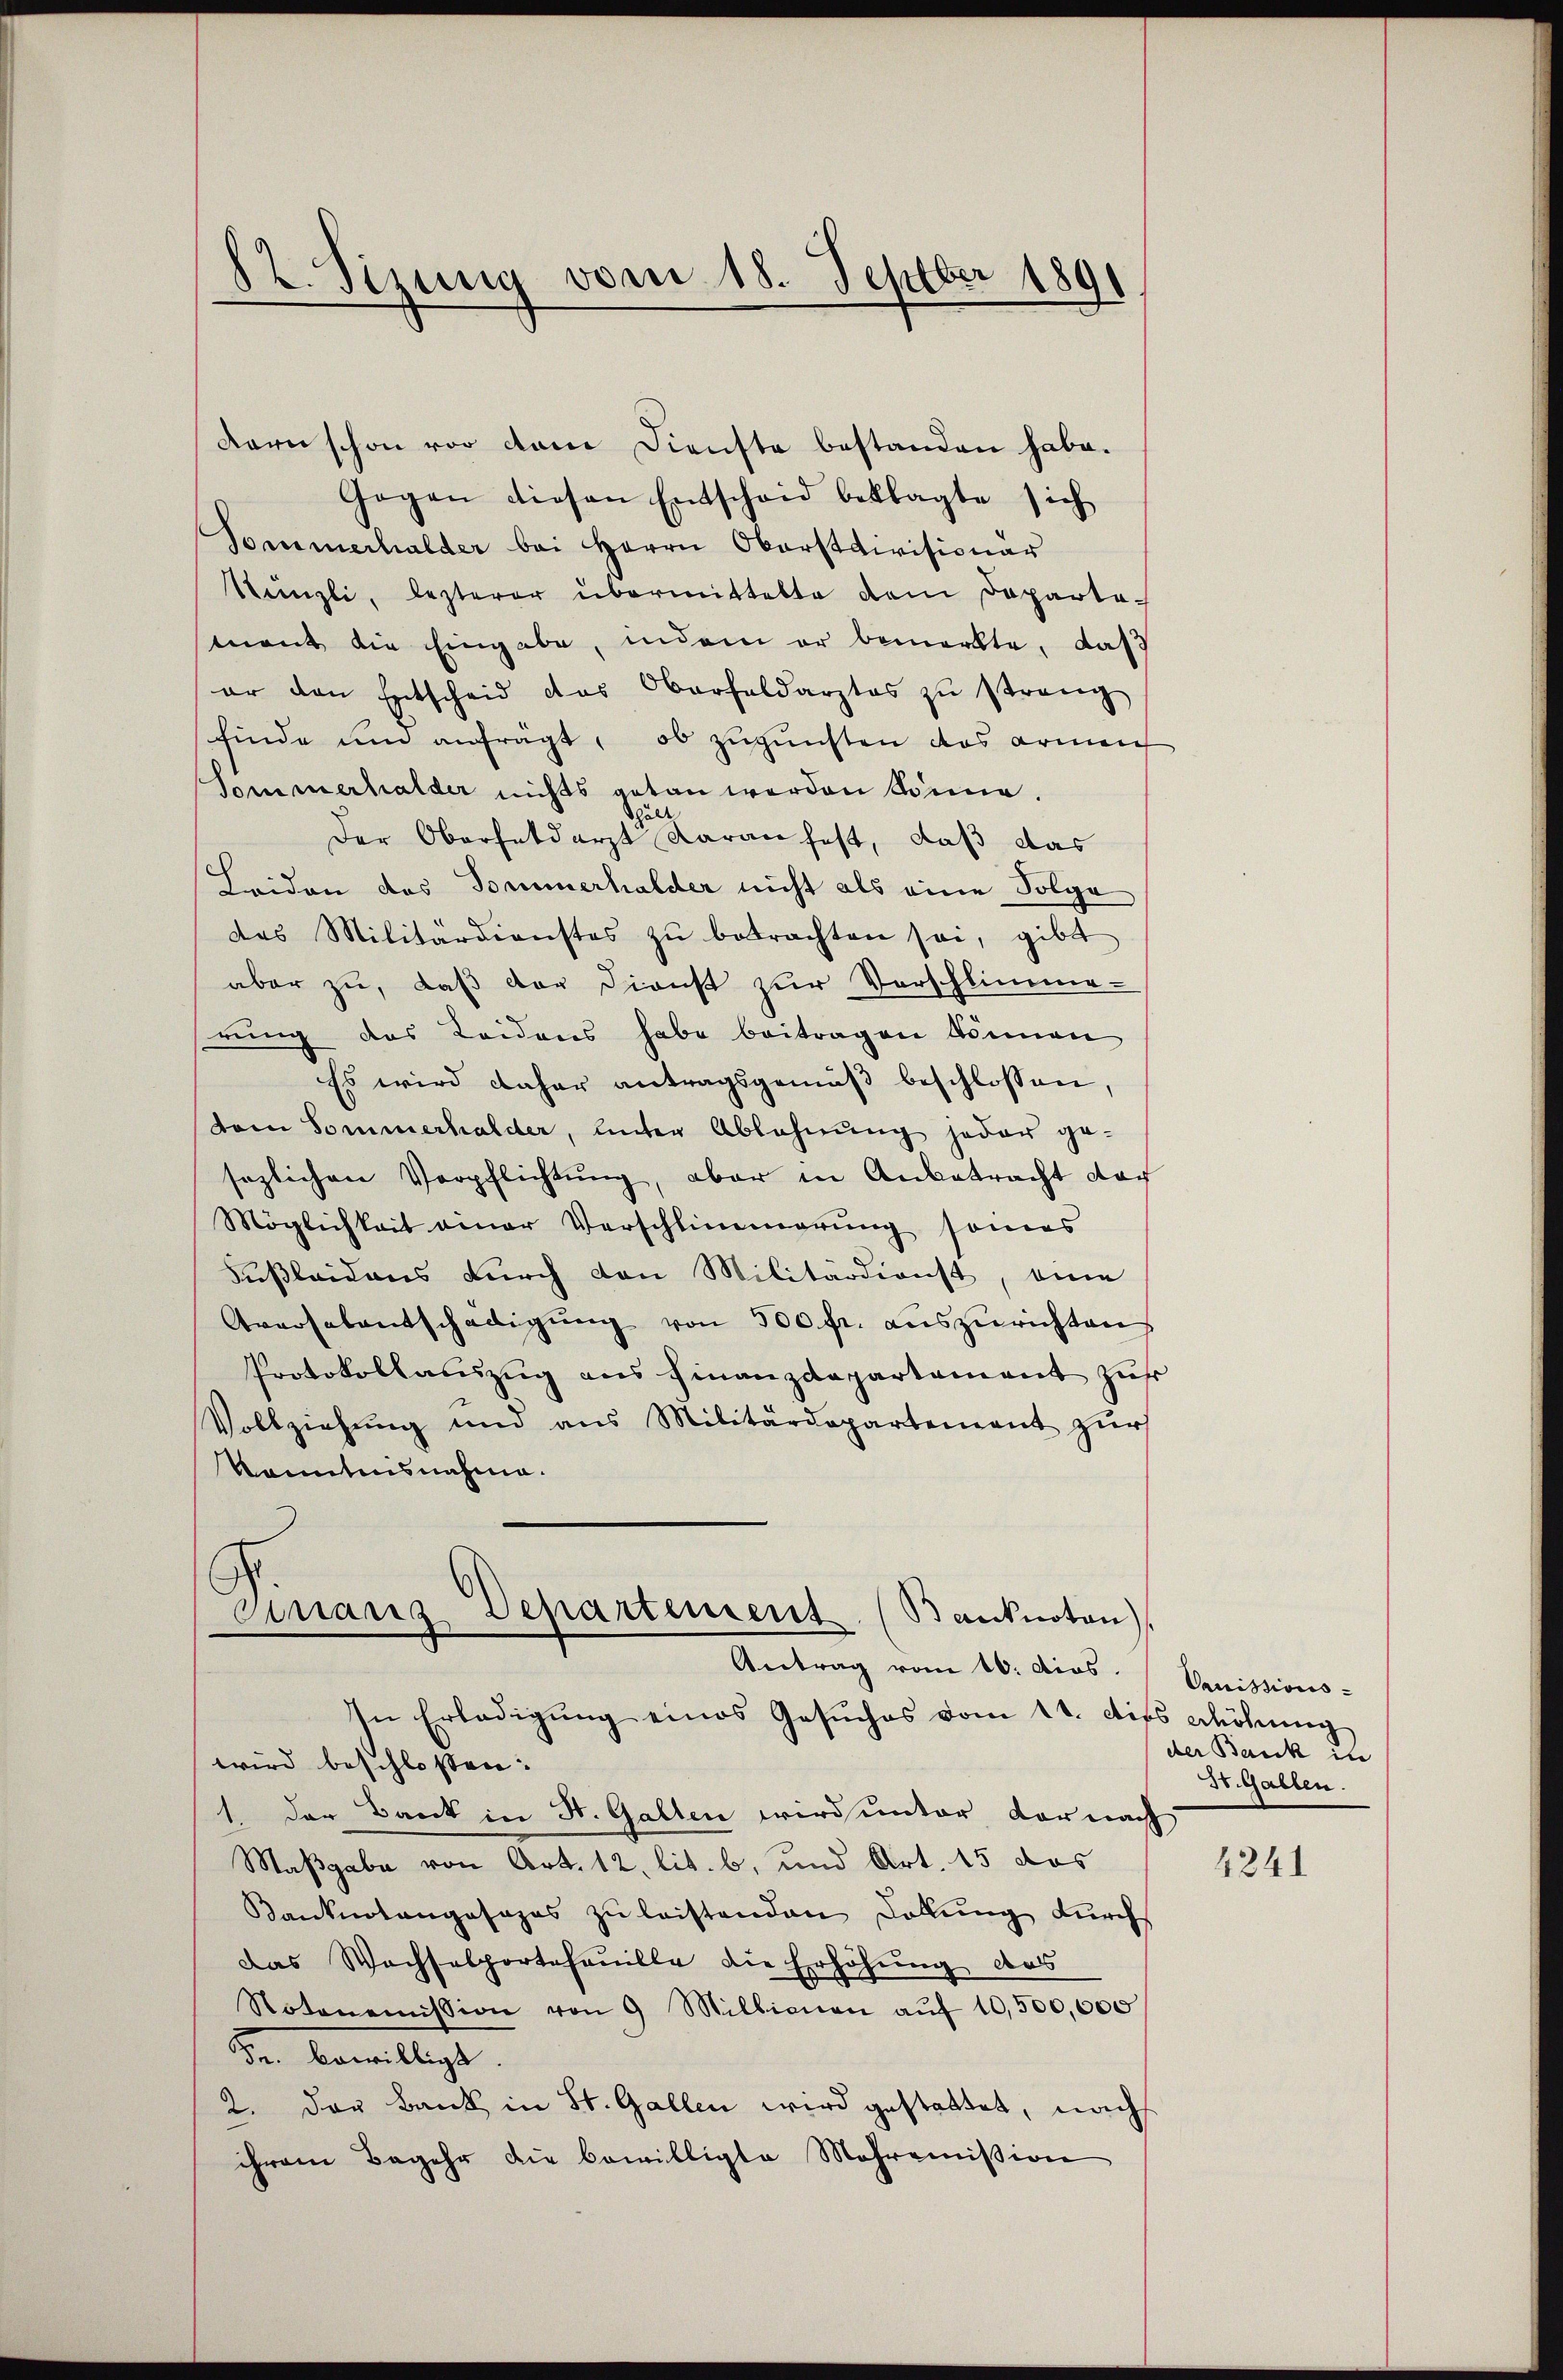
82. Sizung vom 18. Septber 1891

dern schon vor dem Dienste bestanden habe.
Gegen diesen Entscheid beklagte sich
Sommerhalder bei Herrn Oberstdivisionär
Sünzli, lezterer übermittelte dem Departemant die Eingabe, indem er bemerkte, daß
er den Entscheid das Oberfeldarztes zŭ streng
finde und anfrägt, ob zugunsten das armen
Sommerhalder nichts getan werden könne.
hält
Der Oberhatdarzt daran fest, daß das
Leiden des Sommerhalder nicht als eine Folge
das Militärdienstes zŭ betrachten sei, gibt
aber zu, daß der Dienst zur Vorschlimme-
rung des Leidens habe beitragen können
Es wird daher antragsgemäß beschlossen,
dem Sommerhalder, unter Ablehnung jeder ge-
sezlichen Verpflichtung, aber in Anbetracht doch
Möglichkeit einer Verschlimmerung sonnes
Fußleidens durch von Militärdienst, eine
Aversalentschädigŭng von 500 fr. auszurichten
Protokollauszug aus Finanzdepartement zur
Vollziehung und aus Militärdepartement zŭr
konntensnahme.
Ginanz Departement. (Banknoten)
Antrag vom 10. dies.  Venissions-
In Erledigŭng eines Gesŭches vom 11. dies erhöhŭng
wird beschlossen:
1. Der Bank in St. Gallen wird unter der nach
Maßgabe von Art. 12. lit. b, und Art. 15 das
Banknotengesages zu leistenden Dollung durch
das Wachselportefanille die Erhöhung das
Notonomission von 9 Millionen aŭf 10,500,000
Fr. bewilligt.
2. Der Bank in St. Gallen wird gestattet, nach
ihrem Begehr die bewilligte Mohremission

der Bank in
St. Gallen.

4241